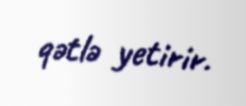
qətlə yetirir.